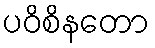
ပဝိစိနတော